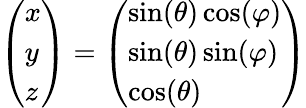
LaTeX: \left(\begin{array}{l}{x}\\ {y}\\ {z}\end{array}\right)=\left(\begin{array}{l}{\sin(\theta)\cos(\varphi)}\\ {\sin(\theta)\sin(\varphi)}\\ {\cos(\theta)}\end{array}\right)